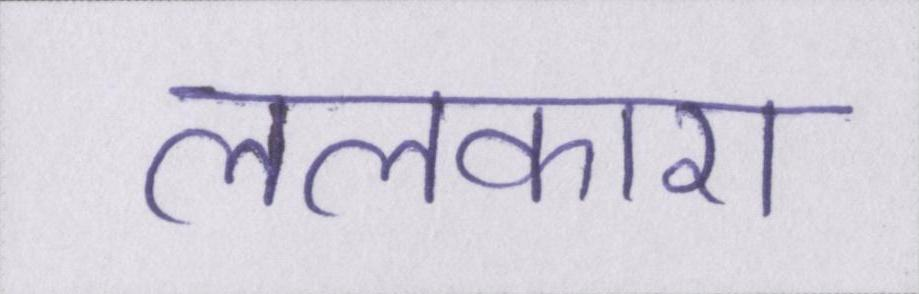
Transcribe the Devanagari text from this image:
ललकारा